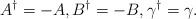
LaTeX: \begin{gather*}A^\dag=-A,B^\dag=-B,\gamma^\dag=\gamma.\end{gather*}